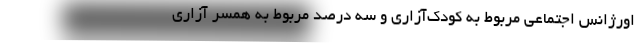
اورژانس اجتماعی مربوط به کودک‌آزاری و سه درصد مربوط به همسر آزاری